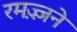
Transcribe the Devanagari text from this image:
रमज़्ज़ने